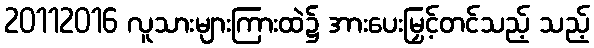
20112016 လူသားများကြားထဲ၌ အားပေးမြှင့်တင်သည့် သည့်